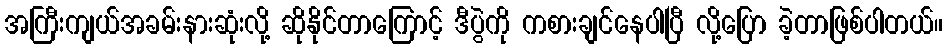
အကြီးကျယ်အခမ်းနားဆုံးလို့ ဆိုနိုင်တာကြောင့် ဒီပွဲကို ကစားချင်နေပါပြီ လို့ပြော ခဲ့တာဖြစ်ပါတယ်။